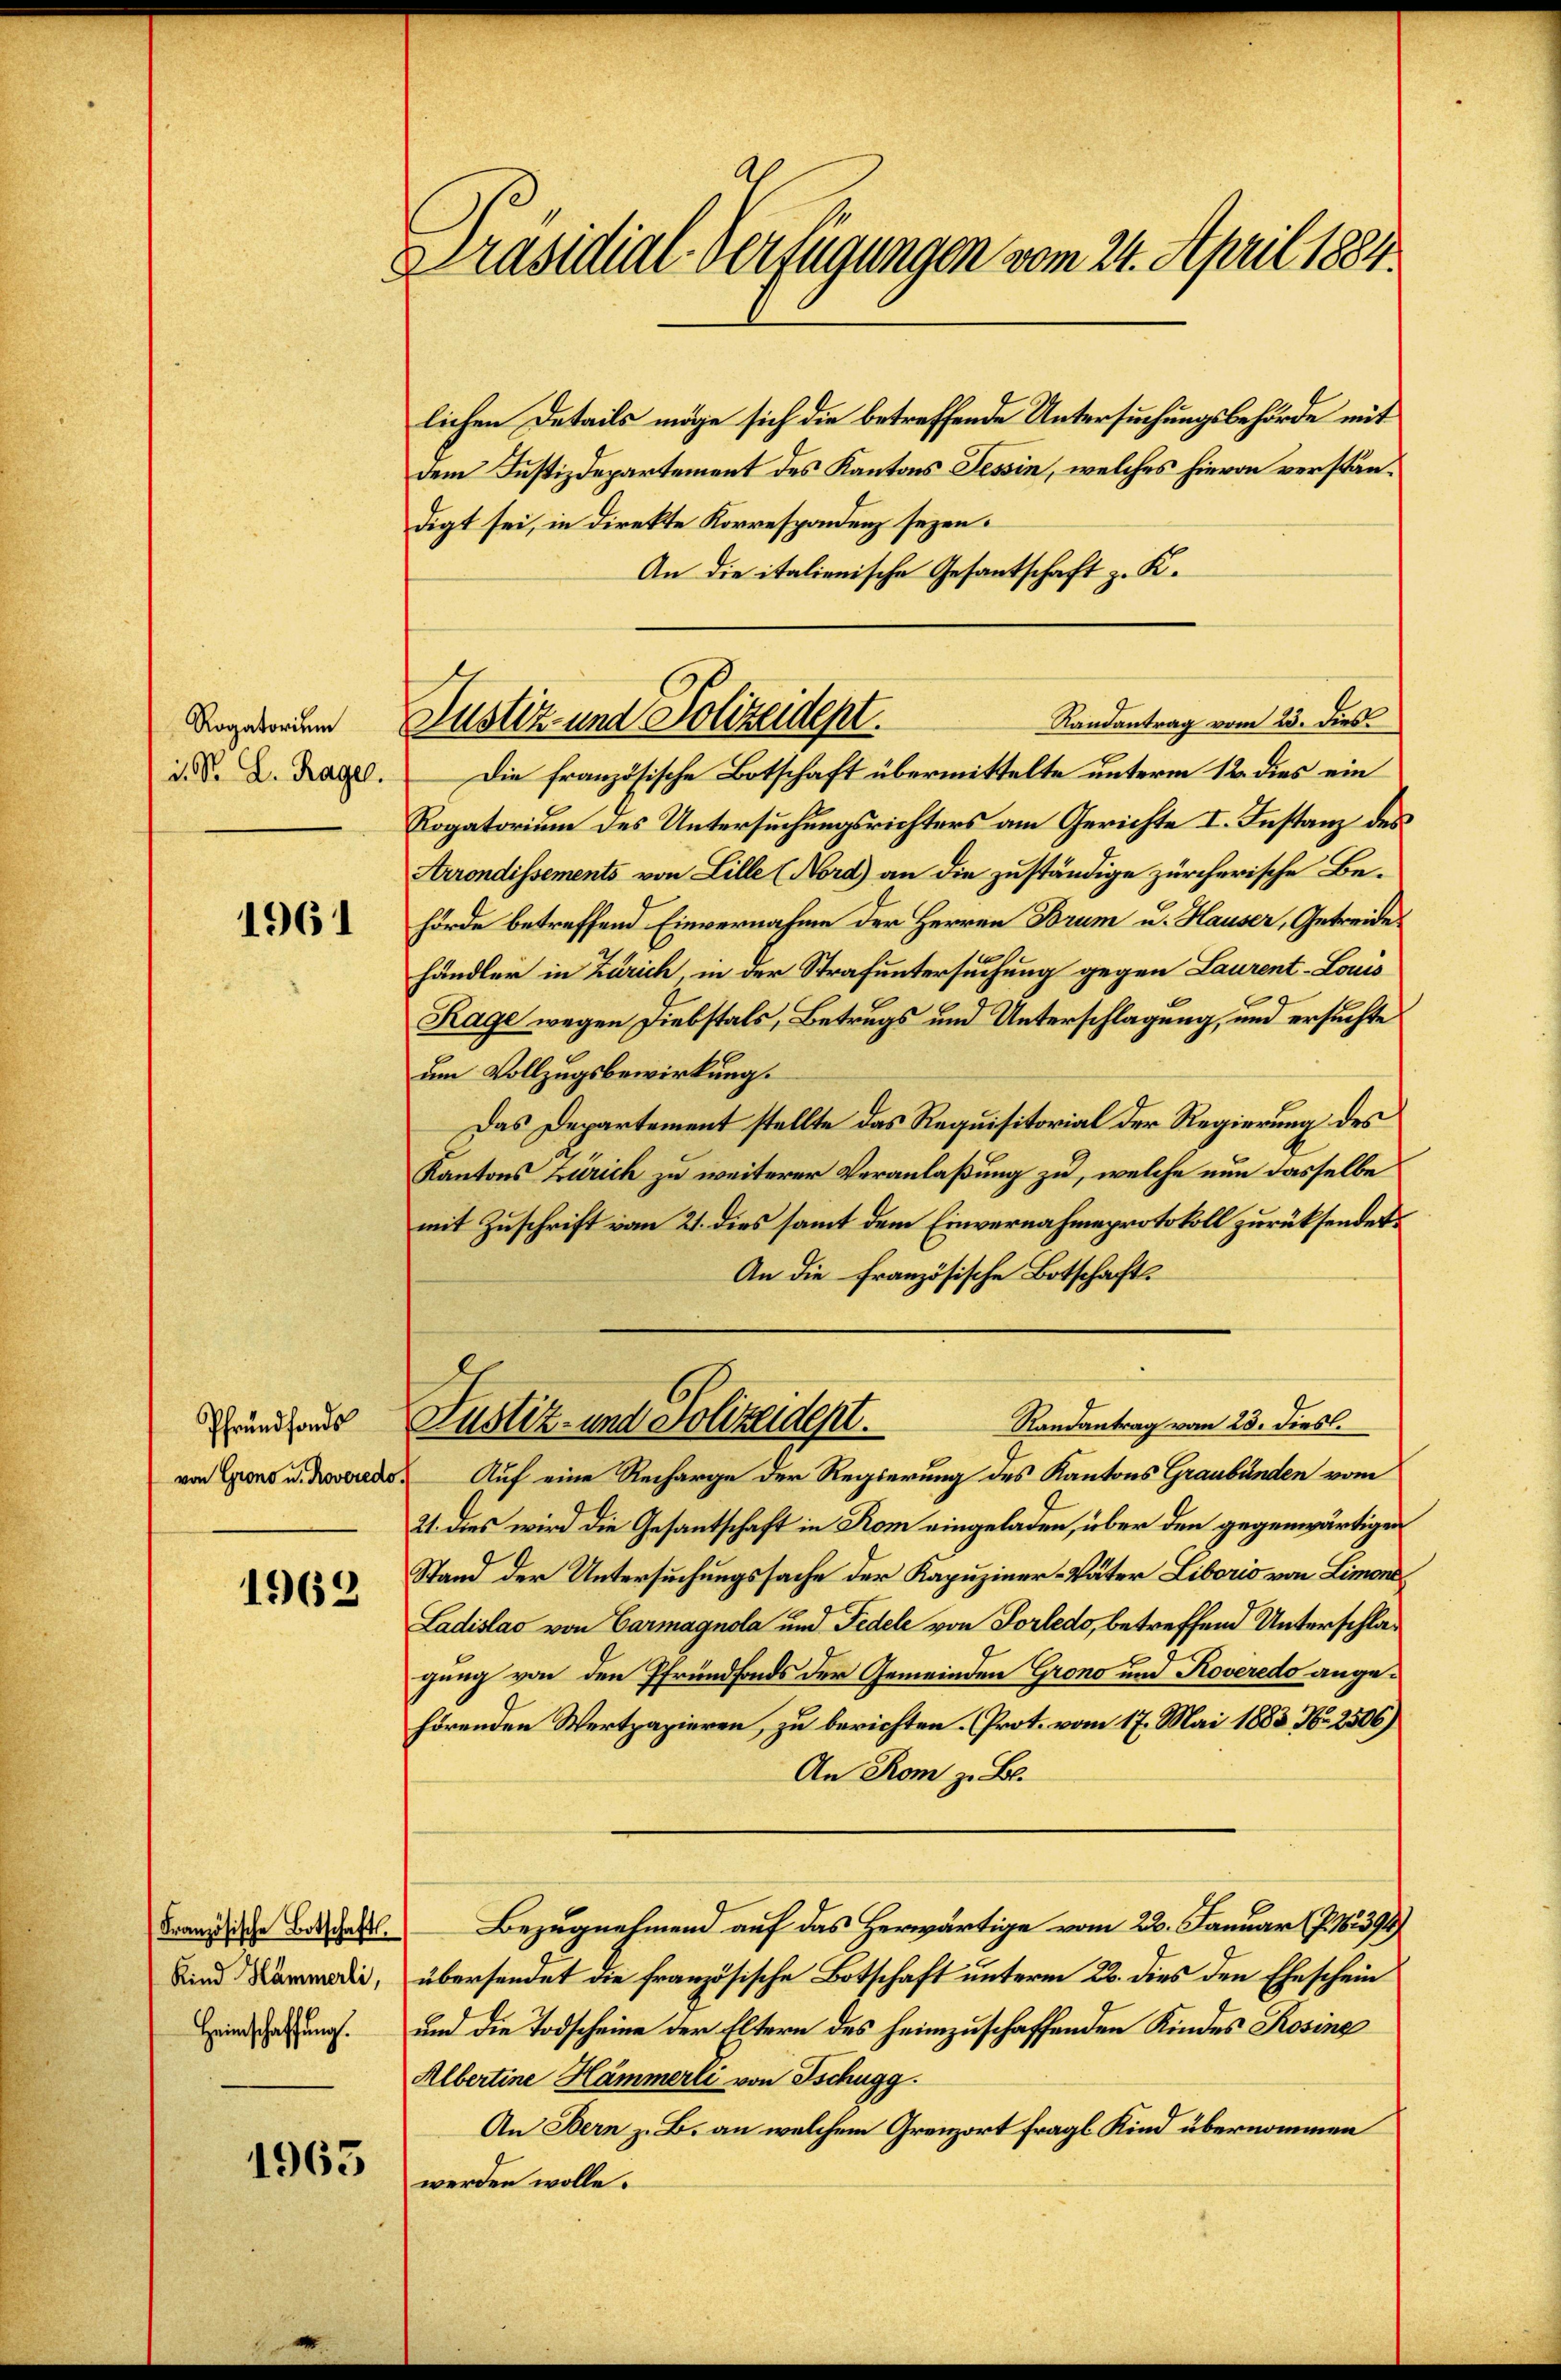
Rogatorium
d. S. L. Rage.

1961

Pfrundfonds

1962

Französische Botschafts¬
Kind Hammerli,
Heimschaffung.

1965

Präsidial-Verfügungen vom 24. April 1884.

Randantrag vom 23. dies
Justiz- und Polizeident.

lichen Details möge sich die betreffende Untersuchungsbehörde mit
dem Justizdepartement des Kantons Tessin, welches hievon verständigt sei, in direkte Korrespondenz sezen.
An die italienische Gesantschaft z. K.
Die französische Botschaft übermittelte unterm 12. dies ein
Rogatorium des Untersuchungsrichters am Gerichte I. Instanz des
Arrondissements von Lille (Nord) an die zuständige zürcherische Be-
hörde betreffend Einvernahme der Herren Brum u. Hauser, Getreide
händler in Zürich, in der Strafuntersuchung gegen Laurent-Louis
Rage wegen Diebstals, Betrugs und Unterschlagung, und ersuchte
um Vollzugsbewirkung.
Das Departement stellte das Requisitorial der Regierung des
Kantons Zürich zu weiterer Veranlaßung zu, welche nun dasselbe
mit Zuschrift vom 21. dies samt dem Einvernahmeprotokoll zurücksendet
An die Französische Botschaft.
Randantrag vom 23. Diesl.
Justiz- und Polizeident.
von Egono u. Roverede. Auf eine Recharge der Regierung des Kantons Graubünden vom
21. dies wird die Gesantschaft in Rom eingeladen, über den gegenwärtigen
Stand der Untersuchungssache der Kapuziner-Väter Liborio von Limond
Ladislao von Carmagnola und Fidele von Vorledo, betreffend Unterschlagung von den Pfrundfonds der Gemeinden Grono und Roveredo angehörenden Wertpapieren, zu berichten. Prot. vom 17. Mai 1883 Nr. 2506)
An Rom z. B.
Bezugnehmend auf das Herwärtige vom 22. Januar (§. 163394/
übersendet die französische Botschaft unterm 22. dies den Eheschein
und die Todscheine der Eltern des heimzuschaffenden Kindes Rosine
Albertine Hämmerli von Tschugg.
An Bern z. B. an welchem Grenzort fragl. Kind übernommen
werden wolle.